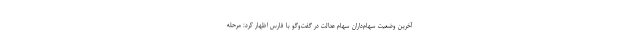
آخرین وضعیت سهام‌داران سهام عدالت در گفت‌وگو با فارس اظهار کرد: مرحله